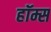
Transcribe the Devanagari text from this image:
हॉम्स